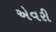
એવરી